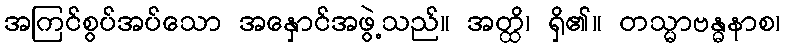
အကြင်စွပ်အပ်သော အနှောင်အဖွဲ့သည်။ အတ္ထိ၊ ရှိ၏။ တသ္မာဗန္ဓနာစ၊